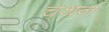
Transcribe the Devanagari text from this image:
चथन